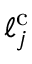
\ell _ { j } ^ { \mathrm { c } }